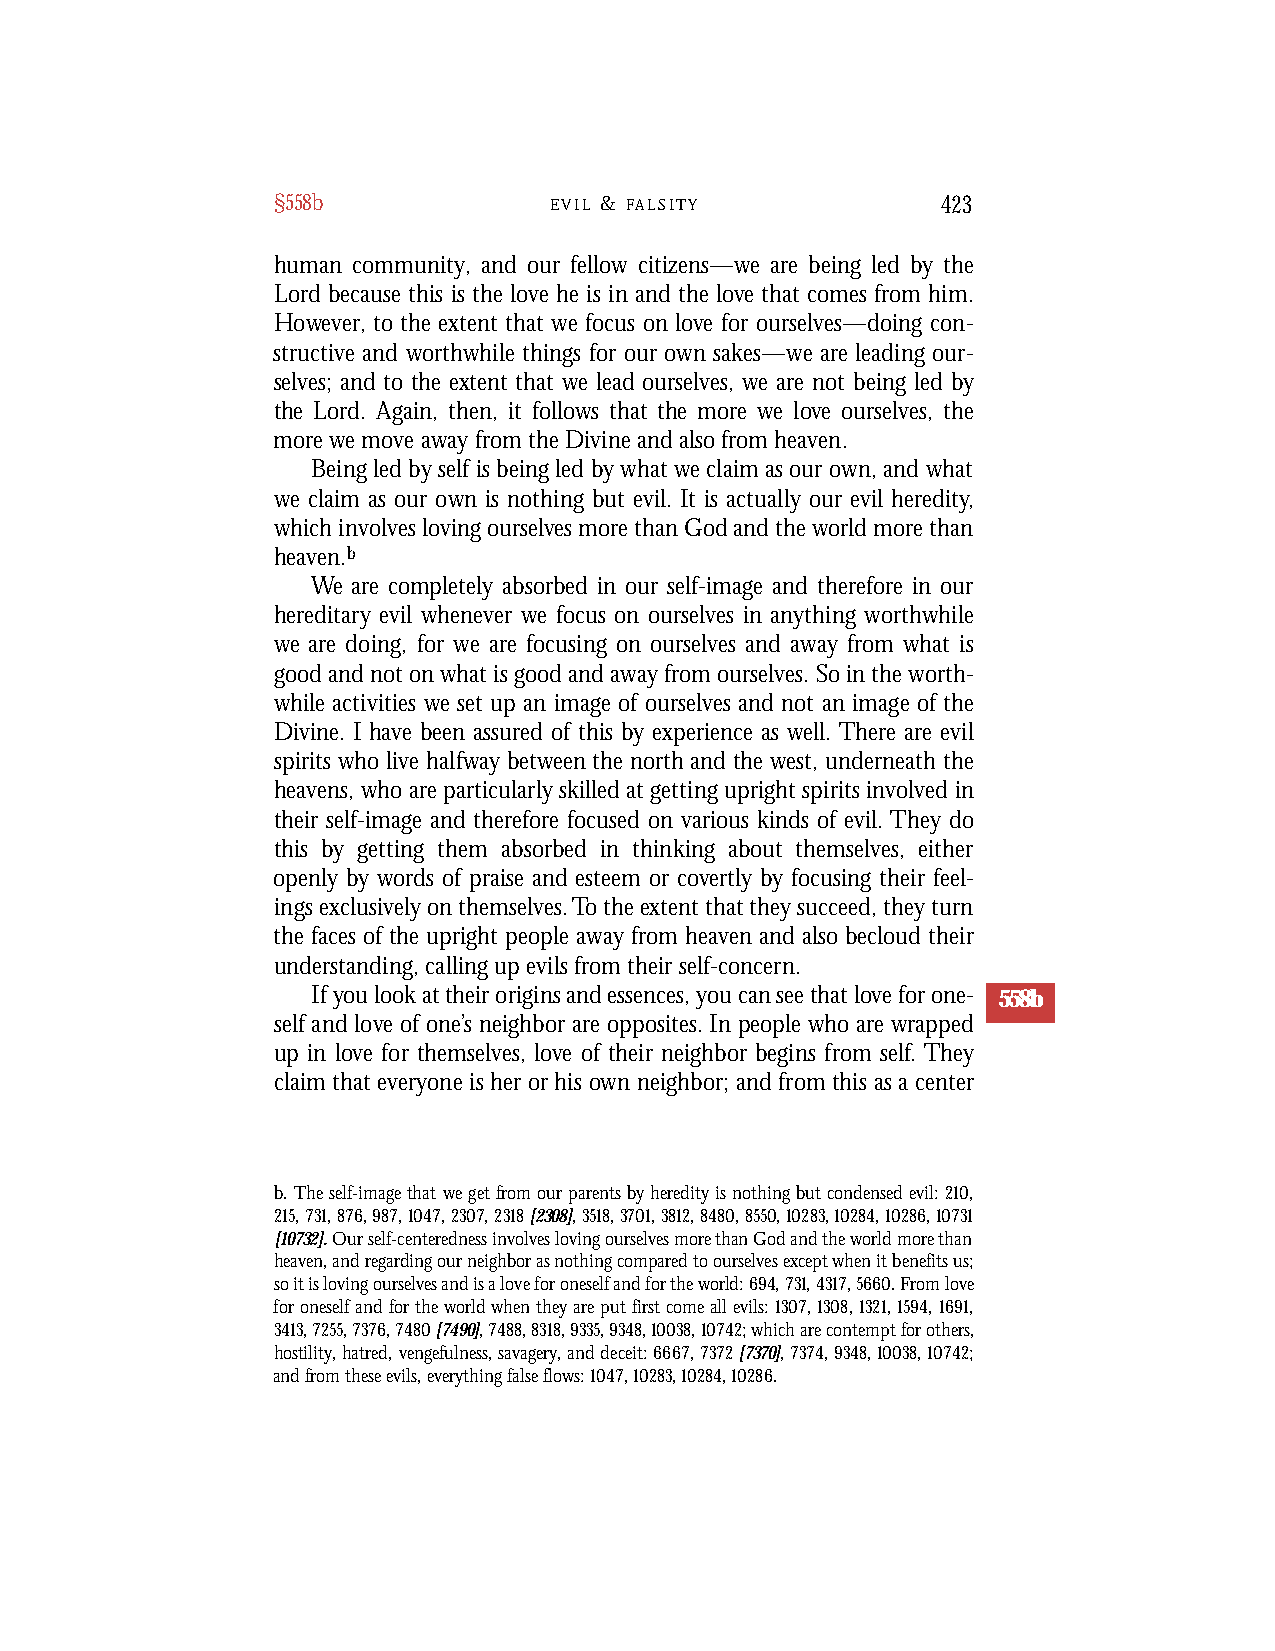
§558b             E V I L & F A L S I T Y   423
 human community, and our fellow citizens—we are being led by the
 Lord because this is the love he is in and the love that comes from him.
 However, to the extent that we focus on love for ourselves—doing con-
 structive and worthwhile things for our own sakes—we are leading our-
 selves; and to the extent that we lead ourselves, we are not being led by
 the Lord. Again, then, it follows that the more we love ourselves, the
 more we move away from the Divine and also from heaven.
 Being led by self is being led by what we claim as our own, and what
 we claim as our own is nothing but evil. It is actually our evil heredity,
 which involves loving ourselves more than God and the world more than
 heaven.b
 We are completely absorbed in our self-image and therefore in our
 hereditary evil whenever we focus on ourselves in anything worthwhile
 we are doing, for we are focusing on ourselves and away from what is
 good and not on what is good and away from ourselves. So in the worth-
 while activities we set up an image of ourselves and not an image of the
 Divine. I have been assured of this by experience as well. There are evil
 spirits who live halfway between the north and the west, underneath the
 heavens, who are particularly skilled at getting upright spirits involved in
 their self-image and therefore focused on various kinds of evil. They do
 this by getting them absorbed in thinking about themselves, either
 openly by words of praise and esteem or covertly by focusing their feel-
 ings exclusively on themselves. To the extent that they succeed, they turn
 the faces of the upright people away from heaven and also becloud their
 understanding, calling up evils from their self-concern.
 Ifyoulookattheiroriginsandessences,youcanseethatloveforone- 558b
 selfand love ofone’s neighbor are opposites.In people whoare wrapped
 up in love for themselves, love of their neighbor begins from self. They
 claimthat everyone is herorhis own neighbor;and fromthis asa center
 b. The self-image that we get from our parents by heredity is nothing but condensed evil: 210,
 215,731,876,987,1047,2307,2318[2308],3518,3701,3812,8480,8550,10283,10284,10286,10731
 [10732].Our self-centeredness involves loving ourselves more than God and the world more than
 heaven, and regarding our neighbor as nothing compared to ourselves except when it benefits us;
 so it is loving ourselves and is a love for oneself and for the world: 694,731,4317,5660. From love
 for oneself and for the world when they are put first come all evils: 1307,1308,1321,1594,1691,
 3413,7255,7376,7480[7490],7488,8318,9335,9348,10038,10742; which are contempt for others,
 hostility, hatred, vengefulness, savagery, and deceit: 6667,7372[7370],7374,9348,10038,10742;
 and from these evils, everything false flows: 1047, 10283, 10284, 10286.